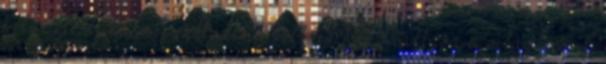
helyzetből, ha megváltozik a többség hozzáállása a világhoz, a